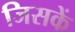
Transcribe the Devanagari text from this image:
जिसकें